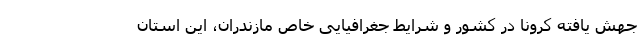
جهش یافته کرونا در کشور و شرایط جغرافیایی خاص مازندران، این استان